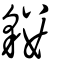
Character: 貗